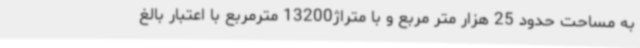
به مساحت حدود 25 هزار متر مربع و با متراژ13200 مترمربع با اعتبار بالغ